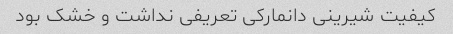
کیفیت شیرینی دانمارکی تعریفی نداشت و خشک بود